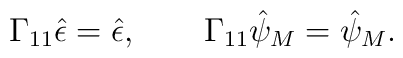
\Gamma_{11}\hat\epsilon = \hat\epsilon, \qquad \Gamma_{11}\hat\psi_M =\hat\psi_M.